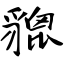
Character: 貔